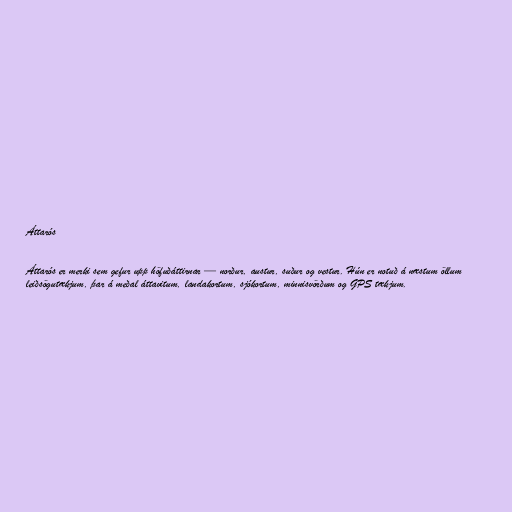
Áttarós

Áttarós er merki sem gefur upp höfuðáttirnar — norður, austur, suður og vestur. Hún er notuð á næstum öllum
leiðsögutækjum, þar á meðal áttavitum, landakortum, sjókortum, minnisvörðum og GPS tækjum.